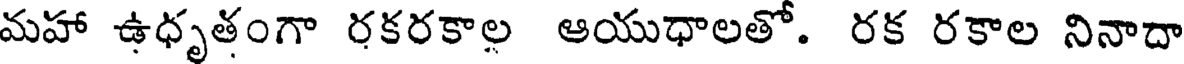
మహా ఉధృతంగా రకరకాల ఆయుధాలతో. రక రకాల నినాదా